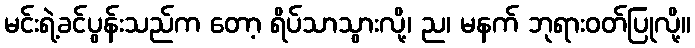
မင်းရဲ့ခင်ပွန်းသည်က တော့ ရိပ်သာသွားလို့၊ ည၊ မနက် ဘုရားဝတ်ပြုလို့။